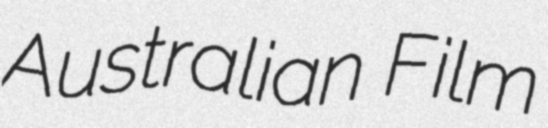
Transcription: Australian Film